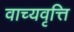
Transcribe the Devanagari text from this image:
वाच्यवृत्ति